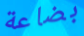
بضاعة